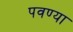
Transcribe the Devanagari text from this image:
पवण्या